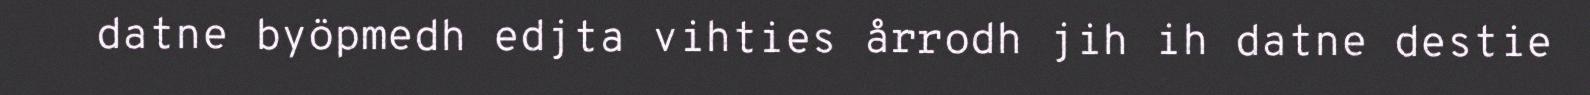
datne byöpmedh edjta vihties årrodh jih ih datne destie